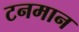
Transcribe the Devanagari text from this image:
टनमान